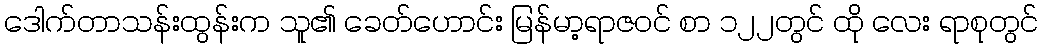
ဒေါက်တာသန်းထွန်းက သူ၏ ခေတ်ဟောင်း မြန်မာ့ရာဇဝင် စာ ၁၂၂တွင် ထို လေး ရာစုတွင်